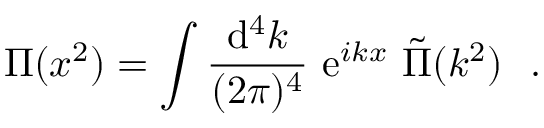
{ \Pi } ( x ^ { 2 } ) = \int { \frac { \mathrm { d } ^ { 4 } k } { ( 2 \pi ) ^ { 4 } } } \ \mathrm { e } ^ { i k x } \ \tilde { \Pi } ( k ^ { 2 } ) \ \ .